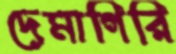
দেমাগিরি